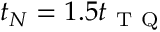
t _ { N } = 1 . 5 t _ { \mathrm { ~ T ~ Q ~ } }